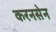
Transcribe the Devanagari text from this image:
करनसेन